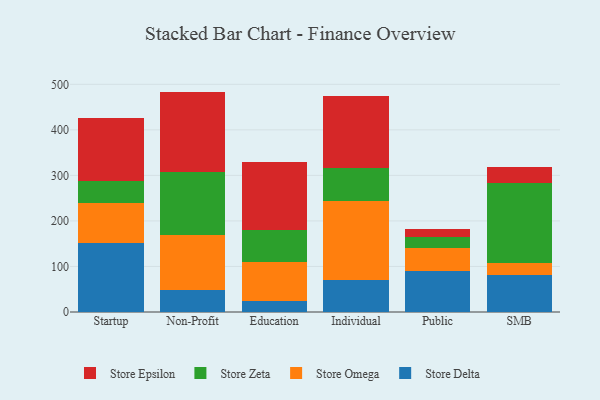
{"axis": {"x": "Segment", "y": "Website Visitors"}, "legend": ["Store Delta", "Store Epsilon", "Store Omega", "Store Zeta"], "data": [{"x": "Startup", "y": 152.6, "type": "Store Delta"}, {"x": "Startup", "y": 86.1, "type": "Store Omega"}, {"x": "Startup", "y": 49.1, "type": "Store Zeta"}, {"x": "Startup", "y": 138.7, "type": "Store Epsilon"}, {"x": "Non-Profit", "y": 48.6, "type": "Store Delta"}, {"x": "Non-Profit", "y": 119.6, "type": "Store Omega"}, {"x": "Non-Profit", "y": 139.9, "type": "Store Zeta"}, {"x": "Non-Profit", "y": 175.9, "type": "Store Epsilon"}, {"x": "Education", "y": 23.7, "type": "Store Delta"}, {"x": "Education", "y": 87.1, "type": "Store Omega"}, {"x": "Education", "y": 68.5, "type": "Store Zeta"}, {"x": "Education", "y": 150.2, "type": "Store Epsilon"}, {"x": "Individual", "y": 71.2, "type": "Store Delta"}, {"x": "Individual", "y": 173.3, "type": "Store Omega"}, {"x": "Individual", "y": 72.5, "type": "Store Zeta"}, {"x": "Individual", "y": 158.2, "type": "Store Epsilon"}, {"x": "Public", "y": 91.0, "type": "Store Delta"}, {"x": "Public", "y": 50.1, "type": "Store Omega"}, {"x": "Public", "y": 23.6, "type": "Store Zeta"}, {"x": "Public", "y": 17.0, "type": "Store Epsilon"}, {"x": "SMB", "y": 81.5, "type": "Store Delta"}, {"x": "SMB", "y": 25.2, "type": "Store Omega"}, {"x": "SMB", "y": 177.1, "type": "Store Zeta"}, {"x": "SMB", "y": 33.9, "type": "Store Epsilon"}]}